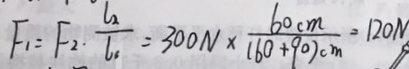
F _ { 1 } = F _ { 2 } \cdot \frac { l _ { 2 } } { l _ { 1 } } = 3 0 0 N \times \frac { 6 0 c m } { ( 6 0 + 9 0 ) c m } = 1 2 0 N